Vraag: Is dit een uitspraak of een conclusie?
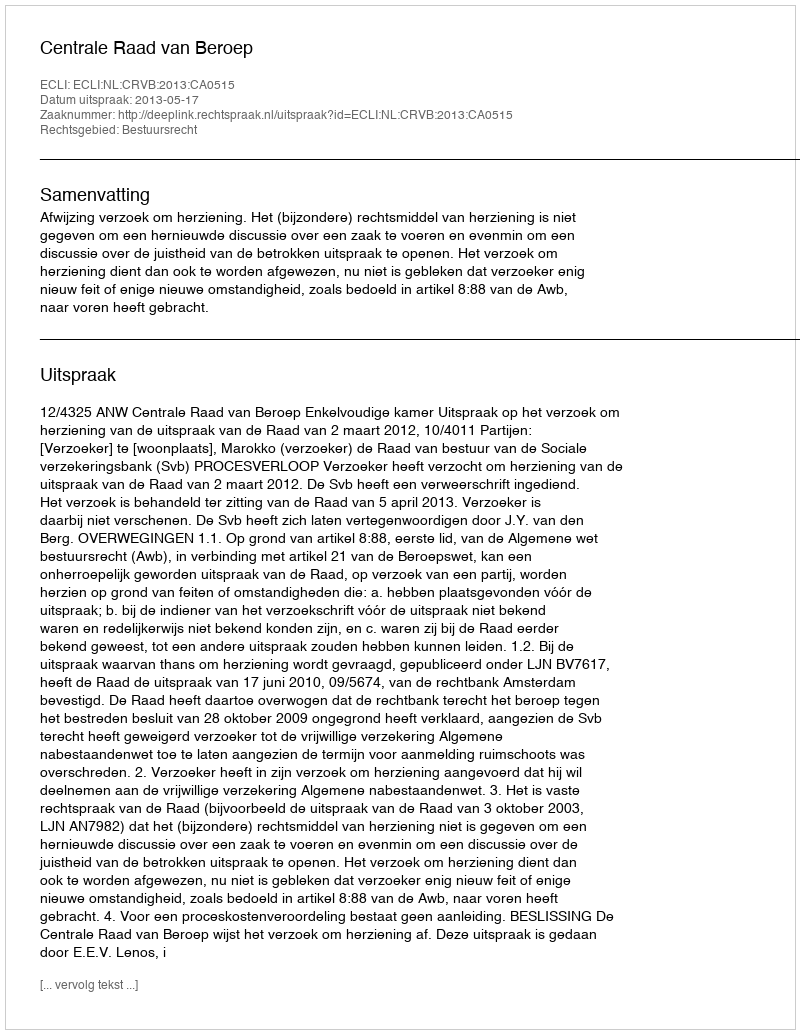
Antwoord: Uitspraak